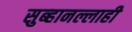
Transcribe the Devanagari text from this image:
सुब्हानल्लाही